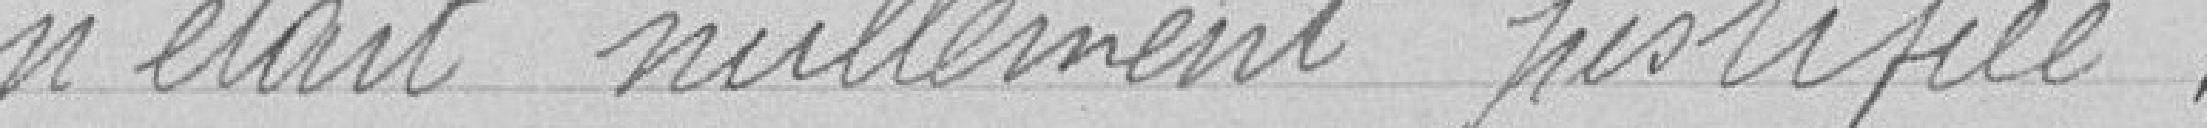
n'était nullement justifiée.